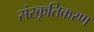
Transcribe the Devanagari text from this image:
संस्‍कृतिकरण